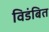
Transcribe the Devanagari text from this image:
विडंबित